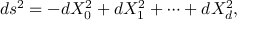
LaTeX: d s ^ { 2 } = - d X _ { 0 } ^ { 2 } + d X _ { 1 } ^ { 2 } + \cdots + d X _ { d } ^ { 2 } ,